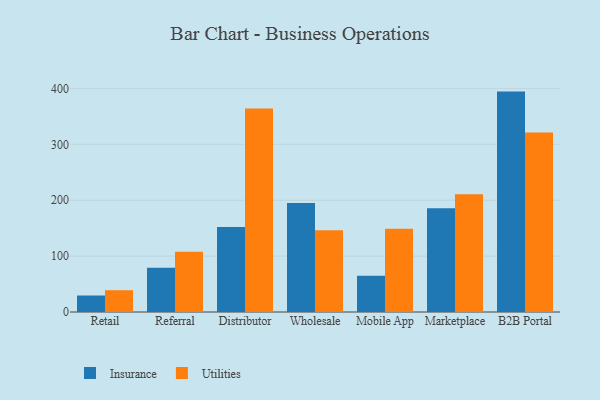
{"axis": {"x": "Channel", "y": "Page Views"}, "legend": ["Insurance", "Utilities"], "data": [{"x": "Retail", "y": 29.5, "type": "Insurance"}, {"x": "Retail", "y": 39.0, "type": "Utilities"}, {"x": "Referral", "y": 79.0, "type": "Insurance"}, {"x": "Referral", "y": 107.7, "type": "Utilities"}, {"x": "Distributor", "y": 152.0, "type": "Insurance"}, {"x": "Distributor", "y": 363.9, "type": "Utilities"}, {"x": "Wholesale", "y": 194.8, "type": "Insurance"}, {"x": "Wholesale", "y": 146.3, "type": "Utilities"}, {"x": "Mobile App", "y": 65.0, "type": "Insurance"}, {"x": "Mobile App", "y": 148.8, "type": "Utilities"}, {"x": "Marketplace", "y": 185.6, "type": "Insurance"}, {"x": "Marketplace", "y": 210.8, "type": "Utilities"}, {"x": "B2B Portal", "y": 394.3, "type": "Insurance"}, {"x": "B2B Portal", "y": 321.0, "type": "Utilities"}]}